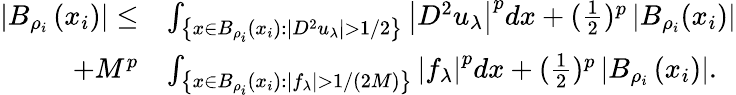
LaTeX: \begin{array}{rl}{\left|B_{\rho_{i}}\left(x_{i}\right)\right|\leq}&{\int_{\left\{ x\in B_{\rho_{i}}(x_{i}):\left|D^{2}u_{\lambda}\right|>1/2\right\} }\left|D^{2}u_{\lambda}\right|^{p}dx+(\frac{1}{2})^{p}\left|B_{\rho_{i}}(x_{i})\right|}\\ {+M^{p}}&{\int_{\left\{ x\in B_{\rho_{i}}\left(x_{i}\right):\left|f_{\lambda}\right|>1/(2M)\right\} }\left|f_{\lambda}\right|^{p}dx+(\frac{1}{2})^{p}\left|B_{\rho_{i}}\left(x_{i}\right)\right|.}\end{array}